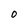
Character: 0